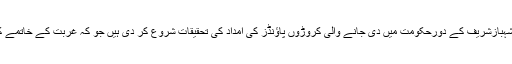
برطانوی حکام نے شہبازشریف کے دورحکومت میں دی جانے والی کروڑوں پاﺅنڈز کی امداد کی تحقیقات شروع کر دی ہیں جو کہ غربت کے خاتمے کیلئے دی گئی تھی ۔